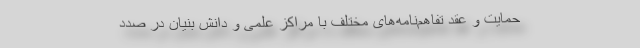
حمایت و عقد تفاهم‌‌نامه‌های مختلف با مراکز علمی و دانش بنیان در صدد